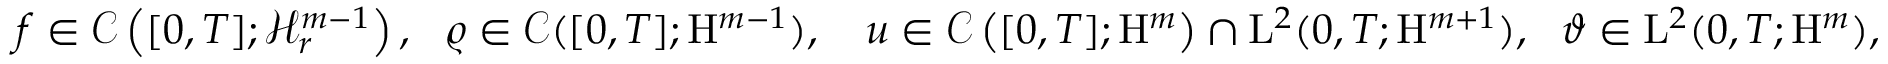
\begin{array} { r } { f \in \mathscr { C } \left( [ 0 , T ] ; \mathcal { H } _ { r } ^ { m - 1 } \right) , \ \ \varrho \in \mathscr { C } ( [ 0 , T ] ; \mathrm { H } ^ { m - 1 } ) , \ \ \ u \in \mathscr { C } \left( [ 0 , T ] ; \mathrm { H } ^ { m } \right) \cap \mathrm { L } ^ { 2 } ( 0 , T ; \mathrm { H } ^ { m + 1 } ) , \ \ \vartheta \in \mathrm { L } ^ { 2 } ( 0 , T ; \mathrm { H } ^ { m } ) , } \end{array}